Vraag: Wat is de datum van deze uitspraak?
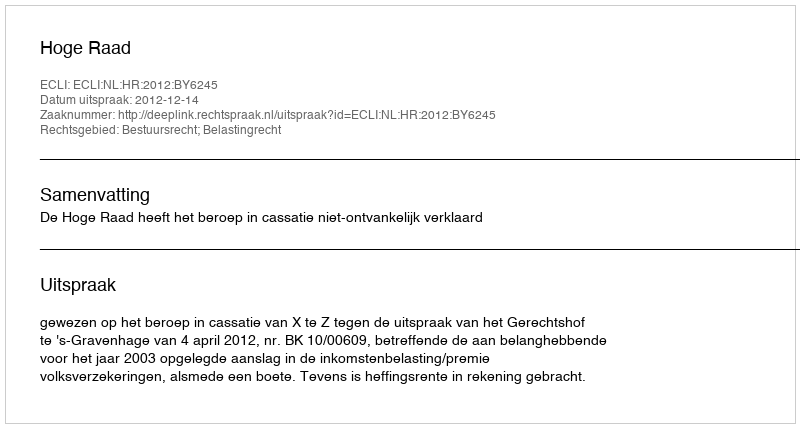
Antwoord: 2012-12-14